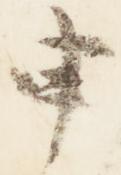
申